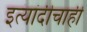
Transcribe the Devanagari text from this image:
इत्यांदीचाही